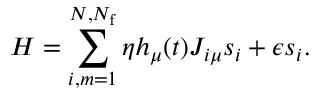
H = \sum _ { i , m = 1 } ^ { N , N _ { \mathrm { f } } } \eta h _ { \mu } ( t ) J _ { i \mu } s _ { i } + \epsilon s _ { i } .